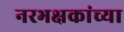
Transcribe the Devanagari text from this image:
नरभक्षकांच्या